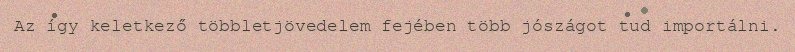
Az így keletkező többletjövedelem fejében több jószágot tud importálni.